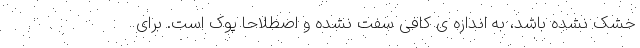
خشک نشده باشد، به اندازه ی کافی سفت نشده و اصطلاحاً پوک است. برای